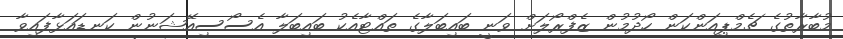
މުބާރާތުގެ ޗެމްޕިއަންކަން ހޯދުމުން ޒެފްރޯލަށް ވަނީ ބައިބަލާގެ ތައްޓާއެކު ބައިބަލާ އެސޯސިއޭޝަނުން ކަނޑައަޅާފައިވާ